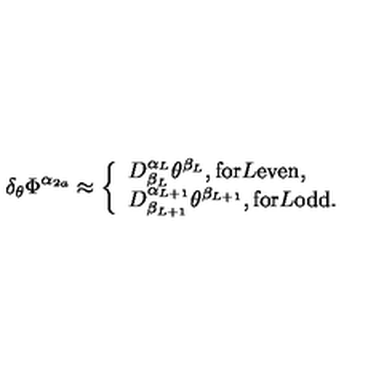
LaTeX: \delta _ { \theta } \Phi ^ { \alpha _ { 2 a } } \approx \left\{ \begin{array} { l } { D _ { \beta _ { L } } ^ { \alpha _ { L } } \theta ^ { \beta _ { L } } , \mathrm { f o r } L \mathrm { e v e n } , } \\ { D _ { \beta _ { L + 1 } } ^ { \alpha _ { L + 1 } } \theta ^ { \beta _ { L + 1 } } , \mathrm { f o r } L \mathrm { o d d } . } \\ \end{array} \right.